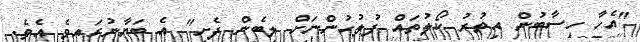
"އެހާ ހިސާބުން އިތުރު ކޯލުތައް ފުލުހުންނަށް ލިބެން ފެށި" އެ ބަޔާނުގައިވެ އެވެ.